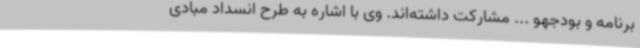
برنامه و بودجهو ... مشارکت داشته‌اند. وی با اشاره به طرح انسداد مبادی